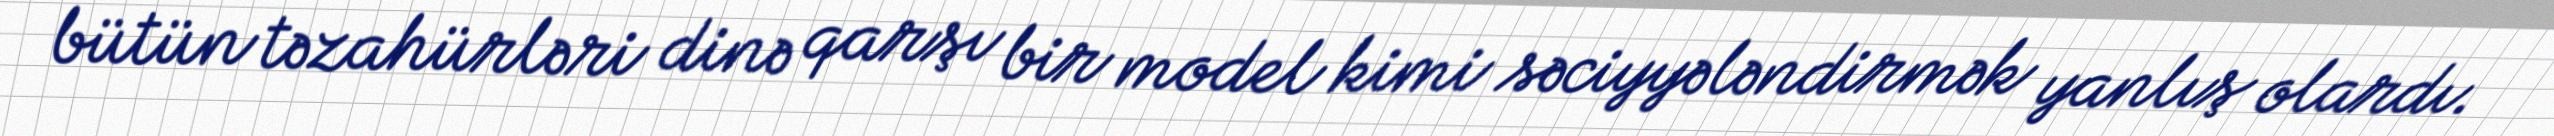
bütün təzahürləri dinə qarşı bir model kimi səciyyələndirmək yanlış olardı.